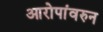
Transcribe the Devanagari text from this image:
आरोपांवरुन